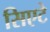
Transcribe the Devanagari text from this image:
सिएटे